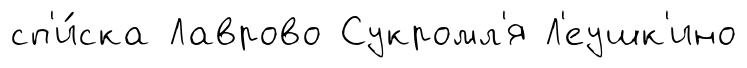
сп'и́ска Лаврово Сукромл'я Л'еушк'ино